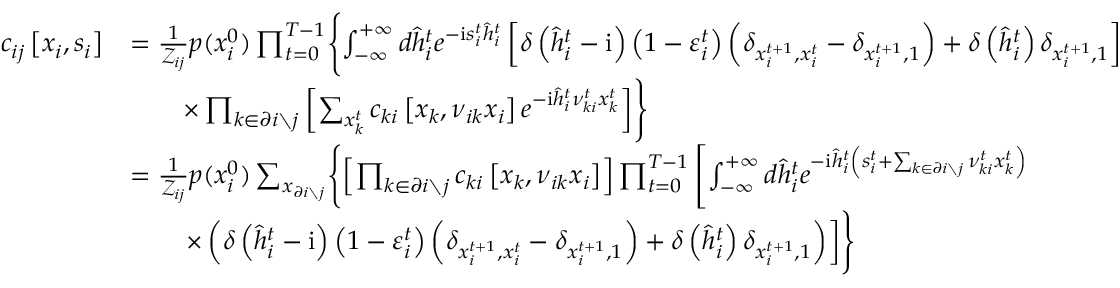
\begin{array} { r l } { c _ { i j } \left[ \boldsymbol { x } _ { i } , \boldsymbol { s } _ { i } \right] } & { = \frac { 1 } { \mathcal { Z } _ { i j } } p ( x _ { i } ^ { 0 } ) \prod _ { t = 0 } ^ { T - 1 } \Biggl \{ \int _ { - \infty } ^ { + \infty } d \hat { h } _ { i } ^ { t } e ^ { - \mathrm { i } s _ { i } ^ { t } \hat { h } _ { i } ^ { t } } \left[ \delta \left( \hat { h } _ { i } ^ { t } - \mathrm { i } \right) \left( 1 - \varepsilon _ { i } ^ { t } \right) \left( \delta _ { x _ { i } ^ { t + 1 } , x _ { i } ^ { t } } - \delta _ { x _ { i } ^ { t + 1 } , 1 } \right) + \delta \left( \hat { h } _ { i } ^ { t } \right) \delta _ { x _ { i } ^ { t + 1 } , 1 } \right] } \\ & { \qquad \times \prod _ { k \in \partial i \setminus j } \left[ \sum _ { x _ { k } ^ { t } } c _ { k i } \left[ \boldsymbol { x } _ { k } , \boldsymbol { \nu } _ { i k } \boldsymbol { x } _ { i } \right] e ^ { - \mathrm { i } \hat { h } _ { i } ^ { t } \nu _ { k i } ^ { t } x _ { k } ^ { t } } \right] \Biggr \} } \\ & { = \frac { 1 } { \mathcal { Z } _ { i j } } p ( x _ { i } ^ { 0 } ) \sum _ { \boldsymbol { x } _ { \partial i \setminus j } } \Biggl \{ \left[ \prod _ { k \in \partial i \setminus j } c _ { k i } \left[ \boldsymbol { x } _ { k } , \boldsymbol { \nu } _ { i k } \boldsymbol { x } _ { i } \right] \right] \prod _ { t = 0 } ^ { T - 1 } \left[ \int _ { - \infty } ^ { + \infty } d \hat { h } _ { i } ^ { t } e ^ { - \mathrm { i } \hat { h } _ { i } ^ { t } \left( s _ { i } ^ { t } + \sum _ { k \in \partial i \setminus j } \nu _ { k i } ^ { t } x _ { k } ^ { t } \right) } \right. } \\ & { \qquad \left. \times \left( \delta \left( \hat { h } _ { i } ^ { t } - \mathrm { i } \right) \left( 1 - \varepsilon _ { i } ^ { t } \right) \left( \delta _ { x _ { i } ^ { t + 1 } , x _ { i } ^ { t } } - \delta _ { x _ { i } ^ { t + 1 } , 1 } \right) + \delta \left( \hat { h } _ { i } ^ { t } \right) \delta _ { x _ { i } ^ { t + 1 } , 1 } \right) \right] \Biggr \} } \end{array}